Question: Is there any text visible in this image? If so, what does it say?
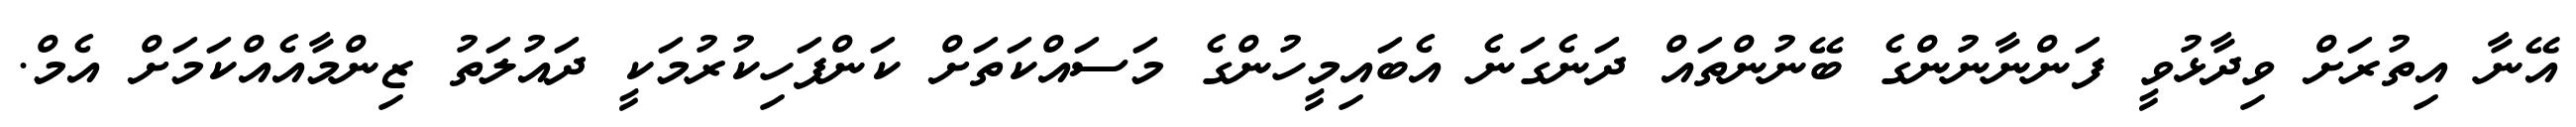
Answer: އޭނާ އިތުރަށް ވިދާޅުވީ ފަންނާނުންގެ ބޭނުންތައް ދަނެގަނެ އެބައިމީހުންގެ މަސައްކަތަށް ކަންފަހިކުރުމަކީ ދައުލަތު ޒިންމާއެއްކަމަށް އެމް.